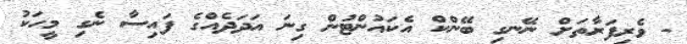
- ވެރިފަރާތަށް ނޭނގި ބޭންކް އެކައުންޓުން ގިނަ އަދަދެއްގެ ފައިސާ ނެގި މީހަކު